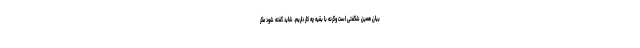
بیان همین شگفتی است وگرنه با بقیه چه کار داریم. شاید گفته شود مگر